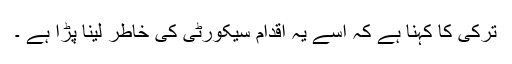
ترکی کا کہنا ہے کہ اسے یہ اقدام سیکورٹی کی خاطر لینا پڑا ہے ۔